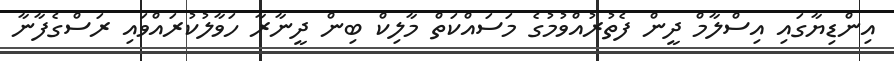
އިންޑިޔާގައި އިސްލާމް ދީން ފެތުރުއްވުމުގެ މަސައްކަތް މާލިކް ބިން ދީނާރާ ހަވާލުކުރައްވައި ރަސްގެފާނާ